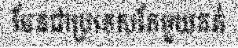
មែនជាប្រទេសតែមួយគត់